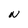
Character: N